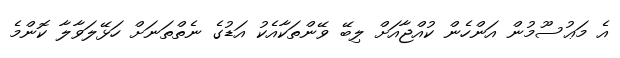
އެ މަޢުސޫމުން އަންހެން ކުއްޖާއަށް ލިބޭ ވޭންތަކާއެކު އަޑުގެ ނެތްތަނަށް ހަޅޭލަވާލާ ކޮންމެ